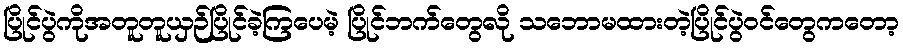
ပြိုင်ပွဲကိုအတူတူယှဉ်ပြိုင်ခဲ့ကြပေမဲ့ ပြိုင်ဘက်တွေလို သဘောမထားတဲ့ပြိုင်ပွဲဝင်တွေကတော့